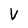
Character: V